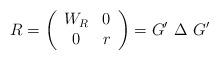
LaTeX: \begin{align*}R=\left(\begin{array}{cc}W_{R} & 0 \\0 & r\end{array}\right) = G'~\Delta~G'\end{align*}